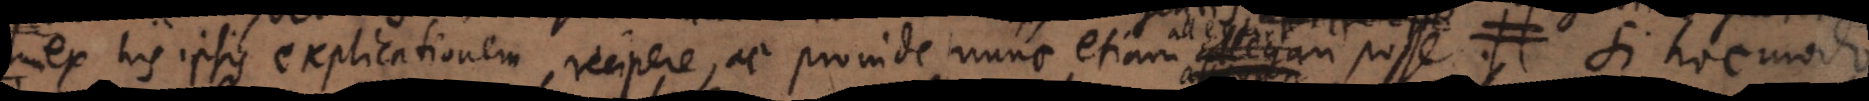
x his ipsis explicationem recipere, ac proinde nunc etiam allegari utilia esse posse,